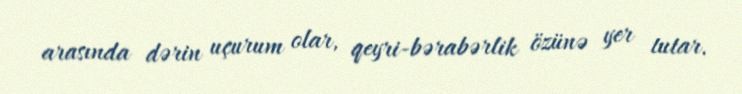
arasında dərin uçurum olar, qeyri-bərabərlik özünə yer tutar.